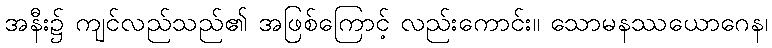
အနီး၌ ကျင်လည်သည်၏ အဖြစ်ကြောင့် လည်းကောင်း။ သောမနဿယောဂေန၊